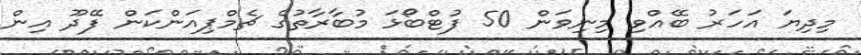
މިދިޔަ އަހަރު ބޭއްވި މިނިވަން 50 ފުޓްބޯޅަ މުބާރާތުގެ ޗެމްޕިއަންކަން ފޭދޫ އިން